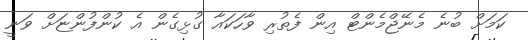
ކަމަށް ބުނެ މެނޭޖްމެންޓް އިން ފެތުރި ވާހަކައާ ގުޅިގެން އެ ކުންފުންޏަށް ވަނީ